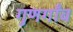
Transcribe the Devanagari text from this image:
गुणगाँव